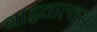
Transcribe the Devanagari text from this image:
बाइवाल्वस